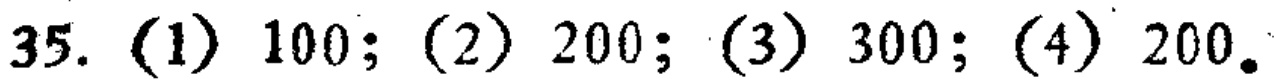
35. (1) \(100\); (2) \(200\); (3) \(300\); (4) \(200\)。